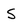
Character: S